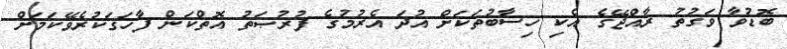
ބޮޑުވާ ވަގުތު ރާއްޖޭގެ އެކި ހިސާބުތަކަށް އުދަ އެރުމުގެ ފުރުޞަތު އޮތްކަން ފާހަގަކުރެވޭކަމަށް